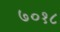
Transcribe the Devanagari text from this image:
७०१८